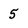
Character: 5